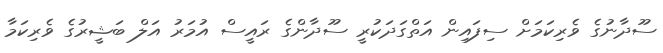
ސޫދާނުގެ ވެރިކަމަށް ސިފައިން އަތްގަދަކުރީ ސޫދާންގެ ރައީސް އުމަރު އަލް ބަޝީރުގެ ވެރިކަމާ